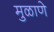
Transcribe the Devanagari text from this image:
मुळाणे